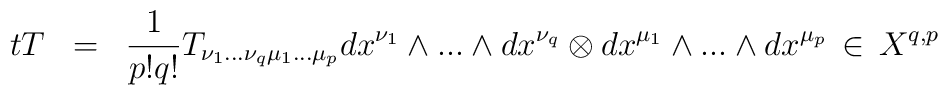
t T \;\; =\;\; \frac{1}{p!q!}T_{\nu_1 ...\nu_q \mu_1 ...\mu_p} dx^{\nu_1}\wedge ...\wedge dx^{\nu_q} \otimes dx^{\mu_1}\wedge ...\wedge dx^{\mu_p} \, \in \, X^{q,p}